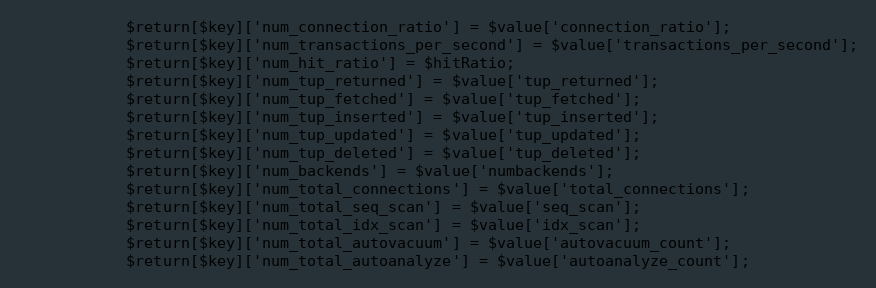
Language: PHP
            $return[$key]['num_connection_ratio'] = $value['connection_ratio'];
            $return[$key]['num_transactions_per_second'] = $value['transactions_per_second'];
            $return[$key]['num_hit_ratio'] = $hitRatio;
            $return[$key]['num_tup_returned'] = $value['tup_returned'];
            $return[$key]['num_tup_fetched'] = $value['tup_fetched'];
            $return[$key]['num_tup_inserted'] = $value['tup_inserted'];
            $return[$key]['num_tup_updated'] = $value['tup_updated'];
            $return[$key]['num_tup_deleted'] = $value['tup_deleted'];
            $return[$key]['num_backends'] = $value['numbackends'];
            $return[$key]['num_total_connections'] = $value['total_connections'];
            $return[$key]['num_total_seq_scan'] = $value['seq_scan'];
            $return[$key]['num_total_idx_scan'] = $value['idx_scan'];
            $return[$key]['num_total_autovacuum'] = $value['autovacuum_count'];
            $return[$key]['num_total_autoanalyze'] = $value['autoanalyze_count'];